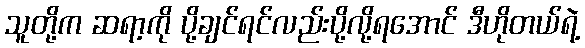
သူတို့က ဆရာ့ကို ပို့ချင်ရင်လည်းပို့လို့ရအောင် ဒီဟိုတယ်ရဲ့